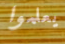
يعلموا